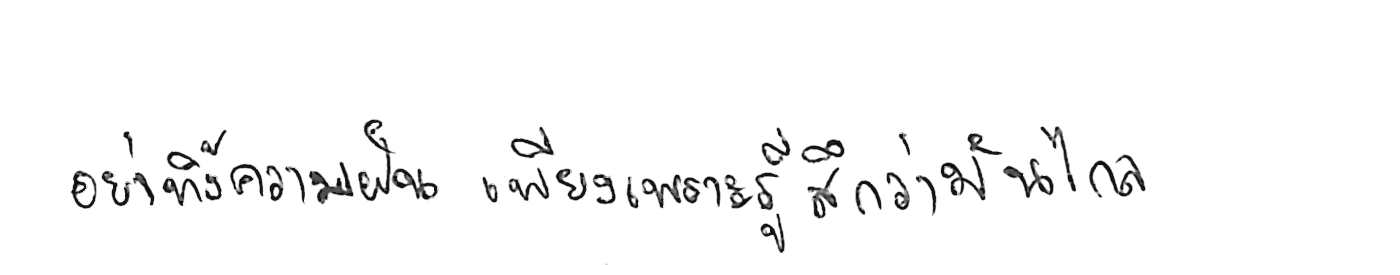
อย่าทิ้งความฝัน เพียงเพราะรู้สึกว่ามันไกล